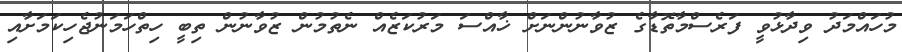
މުހައްމަދު ވިދާޅުވީ ފަރެސްމާތޮޑާގެ ޒުވާނުންނަށް ޚާއްސަ މަރުކަޒެއް ނެތުމުން ޒުވާނުން ތިބީ ހިތްހަމަނުޖެހިކަމަށާއި